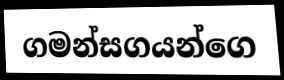
ගමන්සගයන්ගෙ